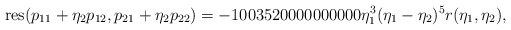
\begin{align*} \mathrm{res}(p_{11} + \eta_2 p_{12}, p_{21} + \eta_2 p_{22}) = -1003520000000000 \eta_1^3 (\eta_1-\eta_2)^5 r(\eta_1, \eta_2),\end{align*}